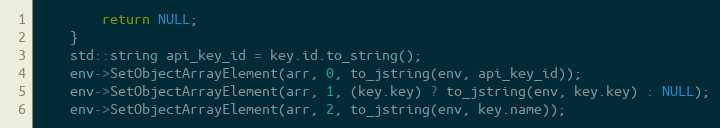
Language: C++
        return NULL;
    }
    std::string api_key_id = key.id.to_string();
    env->SetObjectArrayElement(arr, 0, to_jstring(env, api_key_id));
    env->SetObjectArrayElement(arr, 1, (key.key) ? to_jstring(env, key.key) : NULL);
    env->SetObjectArrayElement(arr, 2, to_jstring(env, key.name));